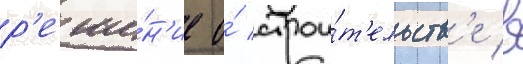
р'еше́н'ие о́ строи́т'ельств'е в